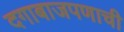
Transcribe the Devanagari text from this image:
दगाबाजपणाची